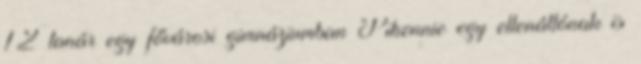
12 tanár egy fővárosi gimnáziumban Pihennie egy ellenállónak is